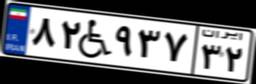
۸۲W۹۳۷۳۲